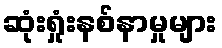
ဆုံးရှုံးနစ်နာမှုများ